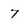
Character: 7